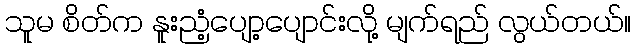
သူမ စိတ်က နူးညံ့ပျော့ပျောင်းလို့ မျက်ရည် လွယ်တယ်။